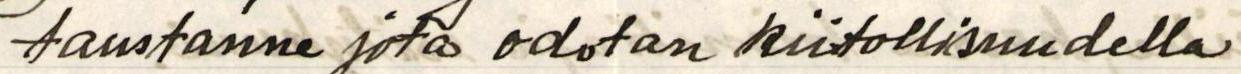
taustanne jota odotan kiitollisuudella